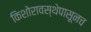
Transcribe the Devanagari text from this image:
किशोरावस्थेपासूनच